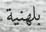
بلھنية